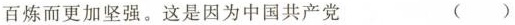
百炼而更加坚强。这是因为中国共产党 ( )